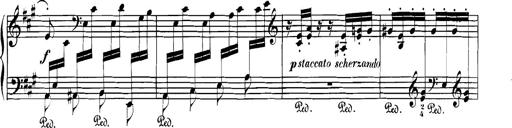
Title: Spinnerlied aus dem Fliegenden HollÃ¤nder
Composer: Franz Liszt